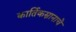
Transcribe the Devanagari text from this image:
कार्तिकस्नानाचे